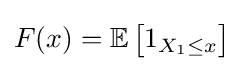
F(x)=\operatorname {\mathbb {E} } {\bigl [}1_{X_{1}\leq x}{\bigr ]}